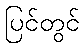
ပြင်တွင်